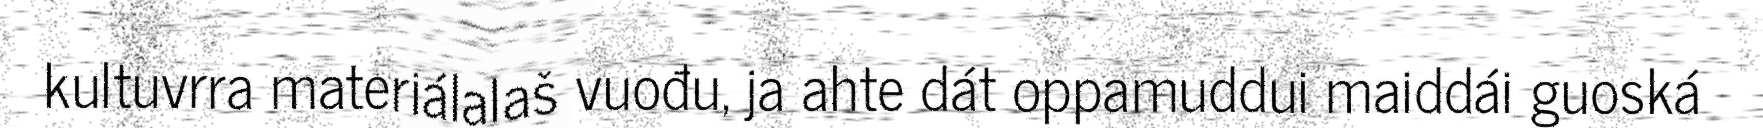
kultuvrra materiálalaš vuođu, ja ahte dát oppamuddui maiddái guoská